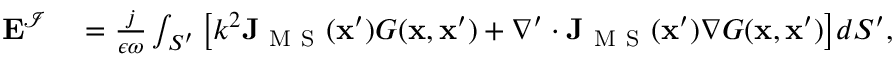
\begin{array} { r l } { \mathbf { E } ^ { \mathcal { I } } } & { { } { } = \frac { j } { \epsilon \omega } \int _ { S ^ { \prime } } \big [ k ^ { 2 } \mathbf { J } _ { \mathrm { ~ M ~ S ~ } } ( \mathbf { x } ^ { \prime } ) G ( \mathbf { x } , \mathbf { x } ^ { \prime } ) + \nabla ^ { \prime } \cdot \mathbf { J } _ { \mathrm { ~ M ~ S ~ } } ( \mathbf { x } ^ { \prime } ) \nabla G ( \mathbf { x } , \mathbf { x } ^ { \prime } ) \big ] d S ^ { \prime } , } \end{array}